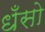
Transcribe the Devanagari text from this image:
धँसो